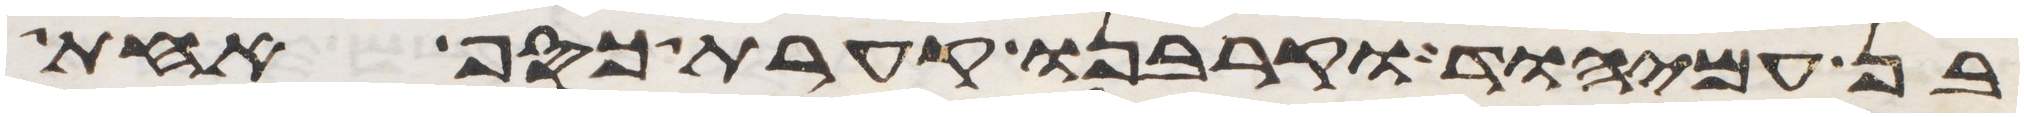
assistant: בן עמיהוד וקרבנו קערת כסף אחת